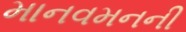
માનવમનની